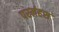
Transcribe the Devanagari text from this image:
परमंहस